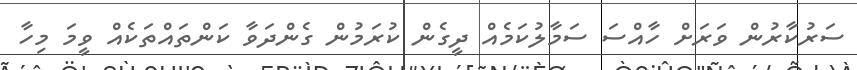
ސަރުކާރުން ވަރަށް ހާއްސަ ސަމާލުކަމެއް ދީގެން ކުރަމުން ގެންދަވާ ކަންތައްތަކެއް ވީމަ މިހާ